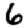
Digit: 6